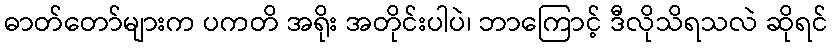
ဓာတ်တော်များက ပကတိ အရိုး အတိုင်းပါပဲ၊ ဘာကြောင့် ဒီလိုသိရသလဲ ဆိုရင်